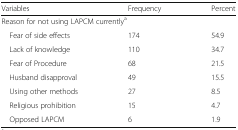
<table><thead><tr><td><b>Variables</b></td><td><b>Frequency</b></td><td><b>Percent</b></td></tr></thead><tbody><tr><td colspan="3">Reason for not using LAPCM currently<sup>a</sup></td></tr><tr><td> Fear of side effects</td><td>174</td><td>54.9</td></tr><tr><td> Lack of knowledge</td><td>110</td><td>34.7</td></tr><tr><td> Fear of Procedure</td><td>68</td><td>21.5</td></tr><tr><td> Husband disapproval</td><td>49</td><td>15.5</td></tr><tr><td> Using other methods</td><td>27</td><td>8.5</td></tr><tr><td> Religious prohibition</td><td>15</td><td>4.7</td></tr><tr><td> Opposed LAPCM</td><td>6</td><td>1.9</td></tr></tbody></table>